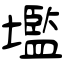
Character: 壏